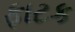
ફાટક